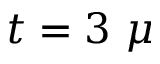
t = 3 ~ \mu